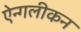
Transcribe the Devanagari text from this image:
ऐन्गलीकन